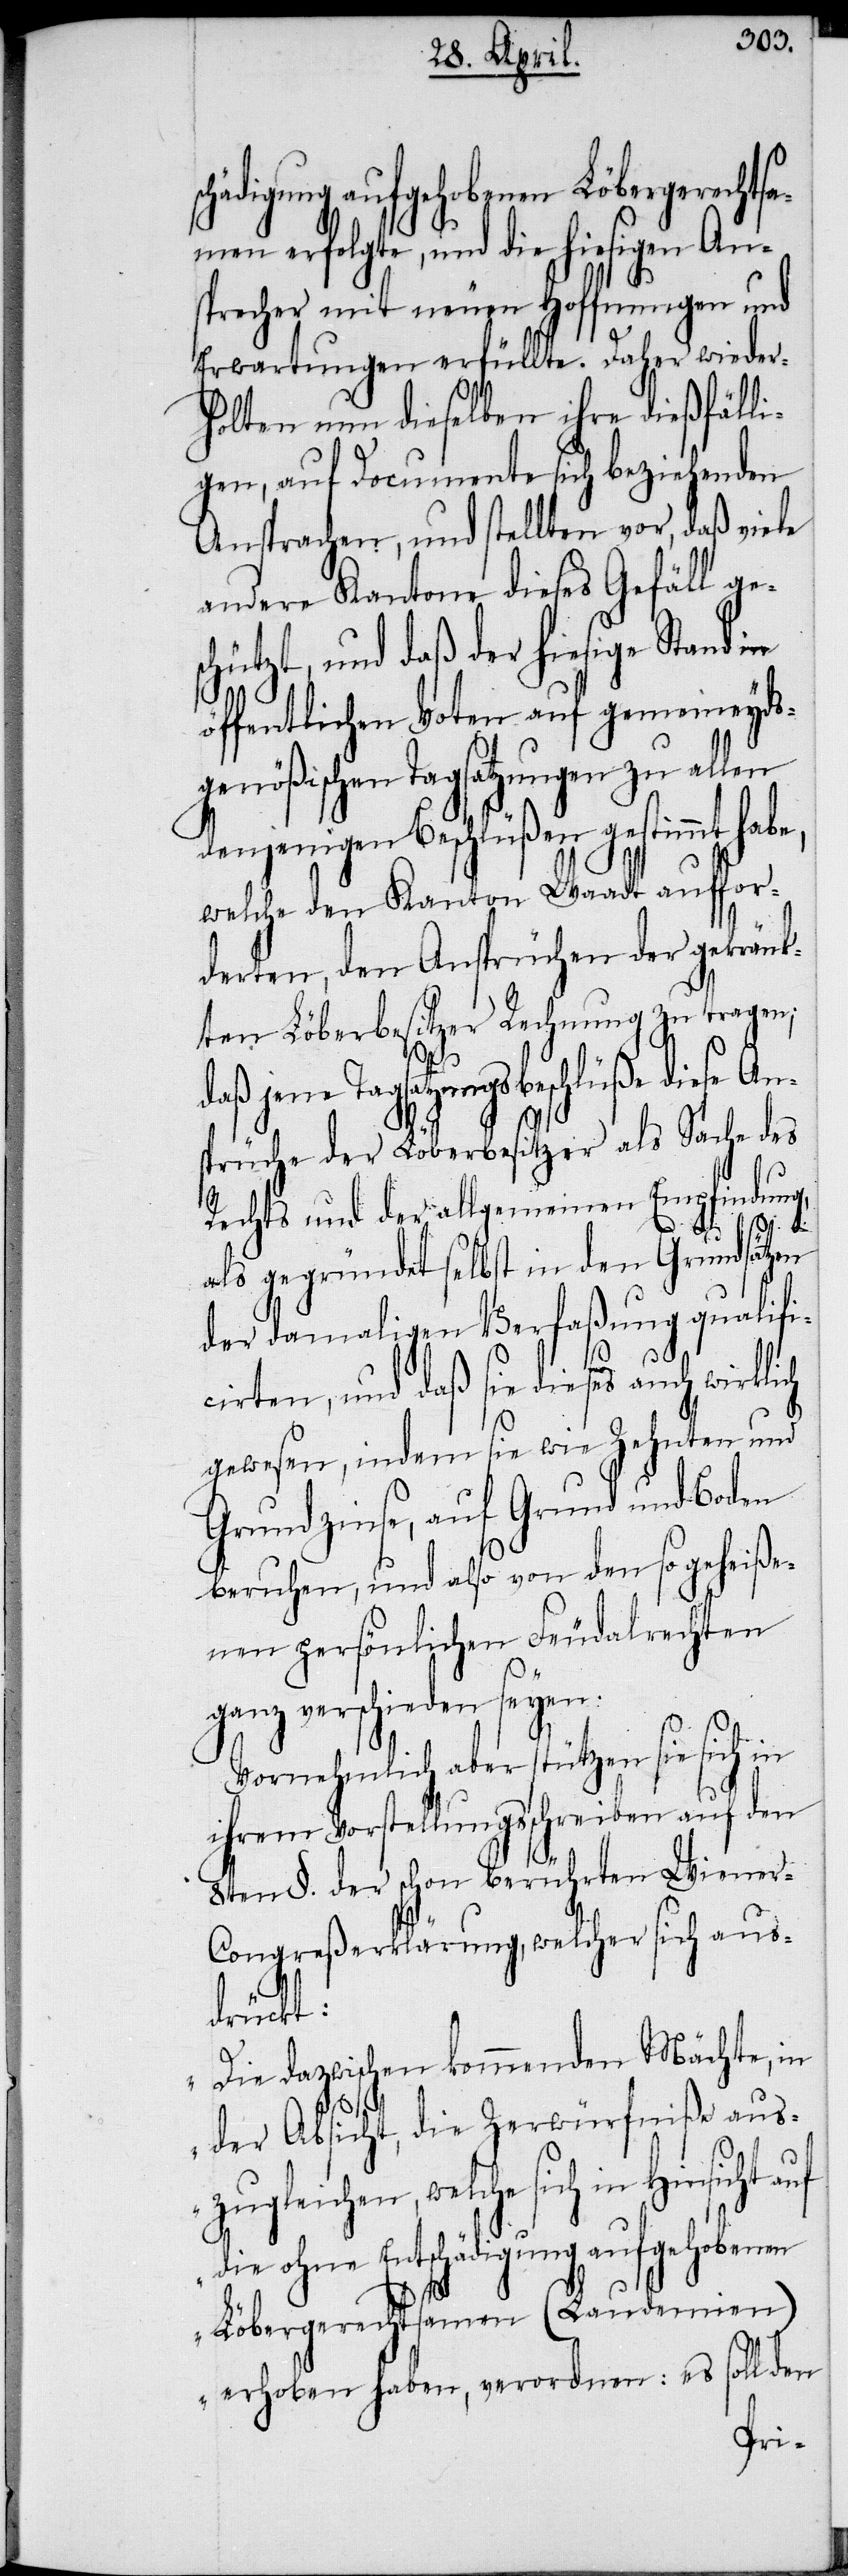
s¬

chädigung aufgehobenen Löbergerechtsa¬
men erfolgte, und die hiesigen An¬
sprecher mit neuen Hoffnungen und
Erwartungen erfüllte. Daher wieder¬
holten nun dieselben ihre dießfälli¬
gen, auf Documente sich beziehenden
Ansprachen, und stellten vor, daß viele
andere Kantone dieses Gefäll ges¬
chützt, und daß der hiesige Stand in
öffentlichen Voten auf gemeineyds¬
genößischen Tagsatzungen zu allen
denjenigen Beschlüßen gestimmt habe,
welche den Kanton Waadt auffor¬
derten, den Ansprüchen der gekränk¬
ten Löberbesitzer Rechnung zu tragen;
daß
jene Tagsatzungsbeschlüße diese An¬
sprüche der Löberbesitzer als Sache des
Rechts und der allgemeinen Empfindung,
als gegründet selbst in den Grundsätzen
der damaligen Verfaßung qualifi¬
cirten, und daß sie dieses auch wirklich
gewesen, indem sie wie Zehnten und
Grundzinse, auf Grund und Boden
beruhen, und also von den so geheiße¬
nen persönlichen Feudalrechten
ganz verschieden seyen.
Vornehmlich aber stützen sie sich
ihrem Vorstellungsschreiben auf den
8ten §. der schon berührten Wiener-C¬
ongreßerklärung, welcher sich aus¬
drückt:
„Die dazwischen kommenden Mächte, in
der Absicht, die Zerwürfniße ausz¬
ugleichen, welche sich in
die ohne Entschädigung aufgehobenen
Löbergerechtsamen (Laudemien)
erhoben haben, verordnen: es soll den